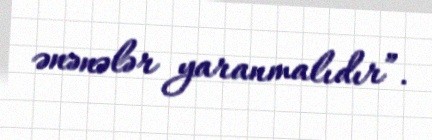
ənənələr yaranmalıdır”.